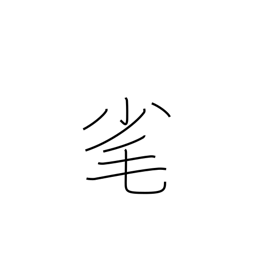
Meaning: pluck